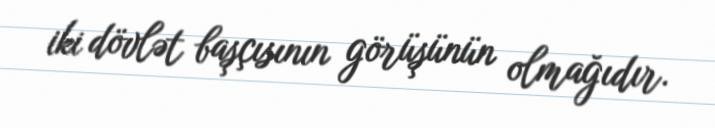
iki dövlət başçısının görüşünün olmağıdır.